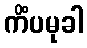
ကိံပမုခါ